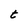
Character: t